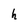
Character: h